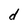
Character: d